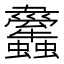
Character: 𧕱